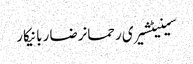
سینیٹشیری رحمانرضا ربانیکار